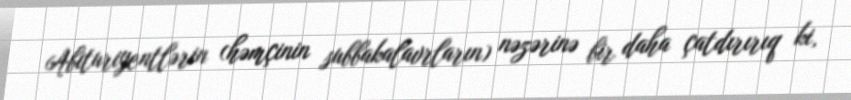
Abituriyentlərin (həmçinin subbakalavrların) nəzərinə bir daha çatdırırıq ki,